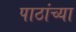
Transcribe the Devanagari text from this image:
पाठांच्या